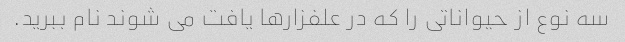
سه نوع از حیواناتی را که در علفزارها یافت می شوند نام ببرید.